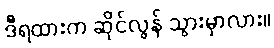
ဒီရထားက ဆိုင်လွန် သွားမှာလား။